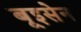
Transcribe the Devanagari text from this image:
बूइसेन